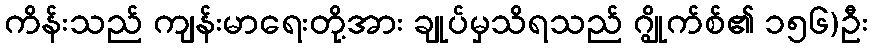
ကိန်းသည် ကျန်းမာရေးတို့အား ချုပ်မှသိရသည် ဂျွိုက်စ်၏ ၁၅၆)ဦး